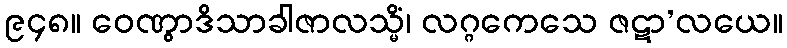
၉၄၈။ ဝေဏွာဒိသာခါဇာလသ္မိံ၊ လဂ္ဂကေသေ ဇဋာ’လယေ။